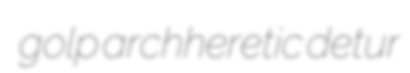
golp archheretic detur